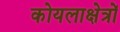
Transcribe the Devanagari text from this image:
कोयलाक्षेत्रों